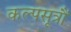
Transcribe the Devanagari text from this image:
कल्पसूत्रौं